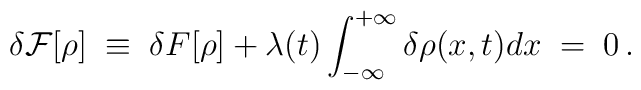
\delta {\cal F} [\rho] \; \equiv \; \delta {F} [\rho] +\lambda(t)\int_{-\infty}^{+\infty}\delta\rho(x,t)dx \; = \; 0 \, .